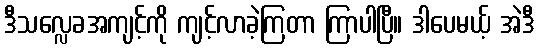
ဒီသလ္လေခအကျင့်ကို ကျင့်လာခဲ့ကြတာ ကြာပါပြီ။ ဒါပေမယ့် အဲဒီ